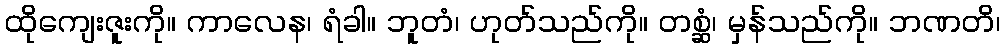
ထိုကျေးဇူးကို။ ကာလေန၊ ရံခါ။ ဘူတံ၊ ဟုတ်သည်ကို။ တစ္ဆံ၊ မှန်သည်ကို။ ဘဏတိ၊